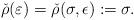
LaTeX: \begin{align*}\check{\rho}(\varepsilon)=\check{\rho}(\sigma,\epsilon):=\sigma.\end{align*}